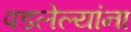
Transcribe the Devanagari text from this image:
पडलेल्यांना